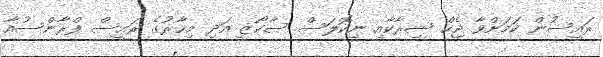
ރައީސުން ކަމަށްވާ ޖެކް ޝިރާކާއި ނިކޮލަސް ސާކޯޒީ އަދި މިހާރުގެ ރައީސް ފްރާންސުއާ